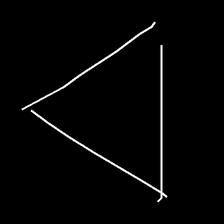
Glyph: convergence